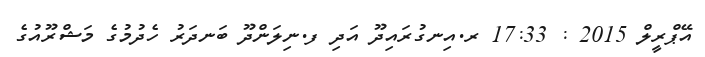
އޭޕްރީލް 2015 : 17:33 ރ.އިނގުރައިދޫ އަދި ފ.ނިލަންދޫ ބަނދަރު ހެދުމުގެ މަޝްރޫއުގެ